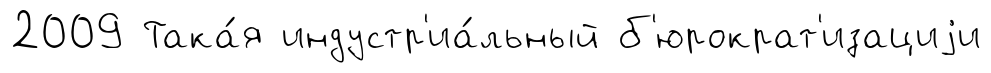
2009 Така́я индустр'иа́льный б'юрократ'изациjи